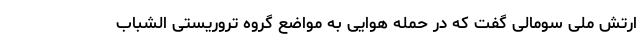
ارتش ملی سومالی گفت که در حمله هوایی به مواضع گروه تروریستی الشباب